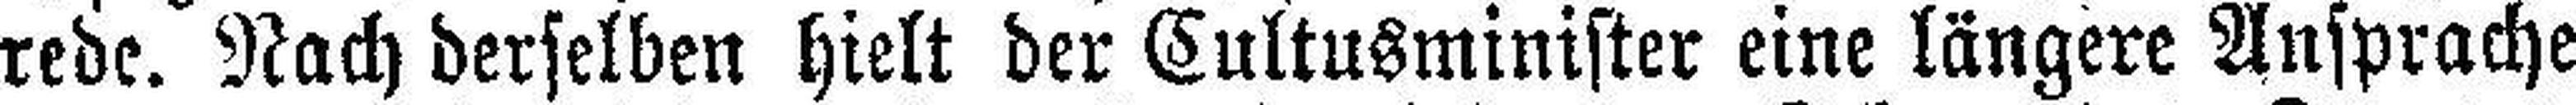
rede. Nach derselben hielt der Cultusminister eine längere Ansprache